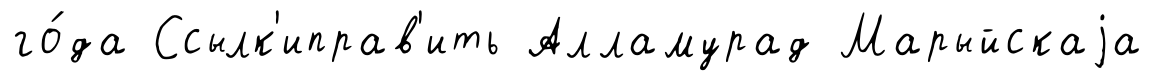
го́да Ссылк'иправ'ить Алламурад Марыйскаjа